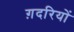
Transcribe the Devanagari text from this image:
ग़दरियों